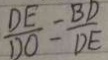
\frac { D E } { D O } = \frac { B D } { D E }